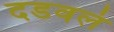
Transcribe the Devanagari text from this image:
दडवलं